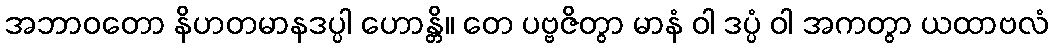
အဘာဝတော နိဟတမာနဒပ္ပါ ဟောန္တိ။ တေ ပဗ္ဗဇိတွာ မာနံ ဝါ ဒပ္ပံ ဝါ အကတွာ ယထာဗလံ